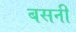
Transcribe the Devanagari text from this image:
बसनीं